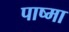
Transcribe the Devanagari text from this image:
पाष्मा